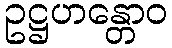
ဥဋ္ဌဟန္တောဝ